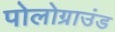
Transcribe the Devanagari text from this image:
पोलोग्राउंड